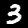
Label: 3